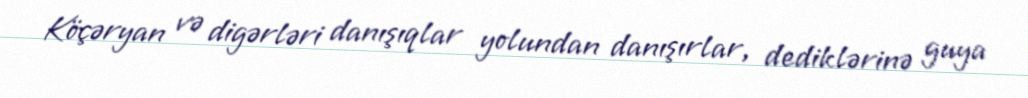
Köçəryan və digərləri danışıqlar yolundan danışırlar, dediklərinə guya